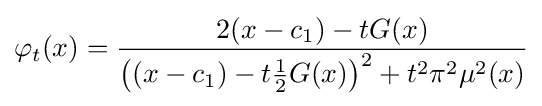
\varphi _{t}(x)={\frac {2(x-c_{1})-tG(x)}{\left((x-c_{1})-t{\tfrac {1}{2}}G(x)\right)^{2}+t^{2}\pi ^{2}\mu ^{2}(x)}}